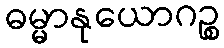
ဓမ္မာနုယောဂဉ္စ